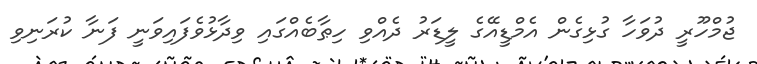
ޖުމްހޫރީ ދުވަހާ ގުޅިގެން އެމްޑީއޭގެ ލީޑަރު ދެއްވި ހިޠާބެއްގައި ވިދާޅުވެފައިވަނީ ފަނާ ކުރަނިވި